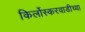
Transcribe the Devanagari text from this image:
किर्लोस्करवाडीच्या